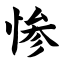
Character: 惨